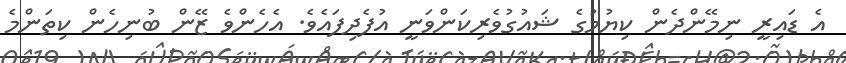
އެ ޑައިރީ ނިމޭންދެން ކިޔުމުގެ ޝައުގުވެރިކަންވަނީ އުފެދިފައެވެ. އެހެންވެ ޒޭން ބުނިހެން ކިތަންމެ